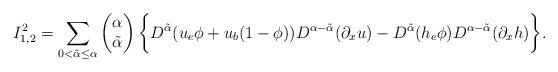
LaTeX: \begin{align*}\begin{aligned}I^2_{1,2}=\sum_{0 <\tilde{\alpha}\leq \alpha}\begin{pmatrix} \alpha \\ \tilde{\alpha} \end{pmatrix}\bigg\{D^{\tilde{\alpha}}(u_e\phi+u_b(1-\phi))D^{\alpha-\tilde{\alpha}}(\partial_x u)-D^{\tilde{\alpha}}(h_e\phi)D^{\alpha-\tilde{\alpha}}(\partial_x h)\bigg\}.\end{aligned}\end{align*}